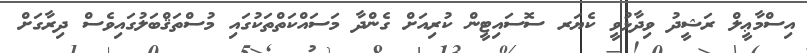
އިސްމާޢީލް ރަޝީދު ވިދާޅުވީ ކެޔަރ ސޮސައިޓީންް ކުރިއަށް ގެންދާ މަސައްކަތްތަކުގައި މުސްތަޤްބަލުގައިވެސް ދިރާގަށް